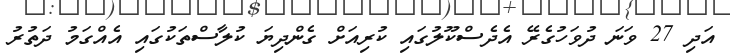
އަދި 27 ވަނަ ދުވަހުގެރޭ އެދެސްކޫލުގައި ކުރިއަށް ގެންދިޔަ ކުލާސްތަކުގައި އެއްގަމު ދަތުރު